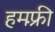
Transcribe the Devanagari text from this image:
हमफ़्री